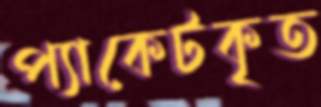
প্যাকেটকৃত